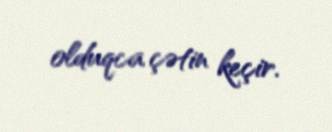
olduqca çətin keçir.